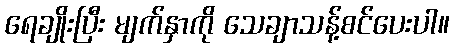
ရေချိုးပြီး မျက်နှာကို သေချာသန့်စင်ပေးပါ။